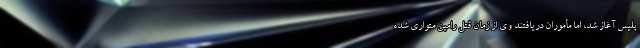
پلیس آغاز شد، اما مأموران دریافتند وی از زمان قتل رامین متواری شده